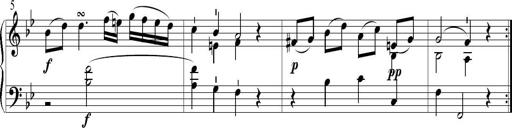
Title: 6 Leichte Sonatinen, Teil 1
Composer: F. Sigismund Sander